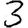
Digit: 3